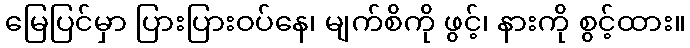
မြေပြင်မှာ ပြားပြားဝပ်နေ၊ မျက်စိကို ဖွင့်၊ နားကို စွင့်ထား။